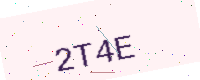
Text: 2T4E